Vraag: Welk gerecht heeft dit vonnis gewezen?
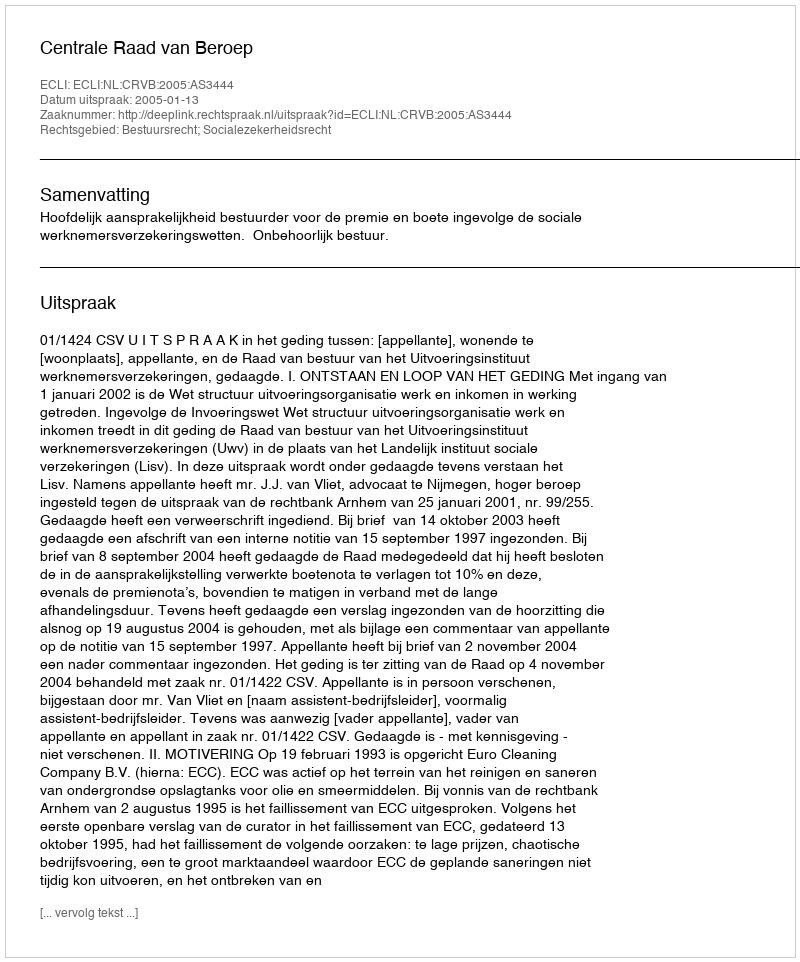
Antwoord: Centrale Raad van Beroep